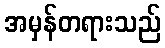
အမှန်တရားသည်